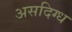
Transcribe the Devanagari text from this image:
असदिग्ध